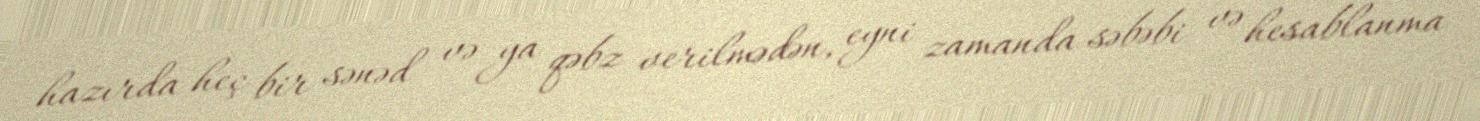
hazırda heç bir sənəd və ya qəbz verilmədən, eyni zamanda səbəbi və hesablanma